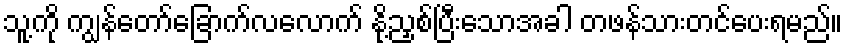
သူ့ကို ကျွန်တော်ခြောက်လလောက် နို့ညှစ်ပြီးသောအခါ တဖန်သားတင်ပေးရမည်။